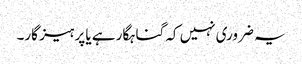
یہ ضروری نہیں کہ گناہگار ہے یا پرہیز گار۔